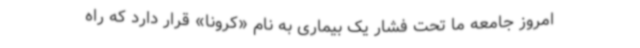
امروز جامعه ما تحت فشار یک بیماری به نام «کرونا» قرار دارد که راه